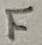
Text: F